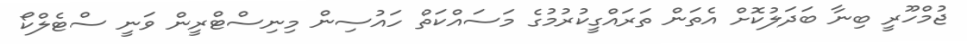
ޖުމްހޫރީ ބިނާ ބަދަލުކޮށް އެތަން ތަރައްގީކުރުމުގެ މަސައްކަތް ހައުސިން މިނިސްޓްރީން ވަނީ ސްޓެލްކޯ